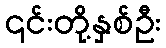
၎င်းတို့နှစ်ဦး